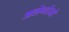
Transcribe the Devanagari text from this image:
अलेन्तेजो